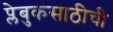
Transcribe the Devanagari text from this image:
प्लेबुकसाठीची